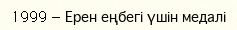
1999 — Ерен еңбегі үшін медалі